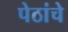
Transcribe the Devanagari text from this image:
पेठांचे